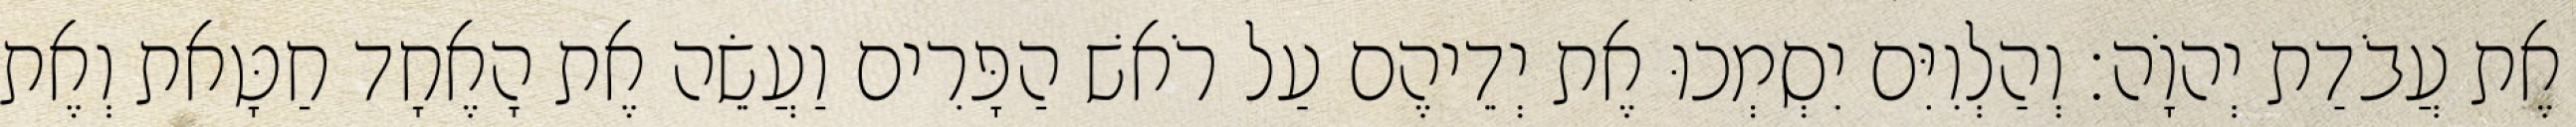
אֶת עֲבֹדַת יְהוָֹה׃ וְהַלְוִיִּם יִסְמְכוּ אֶת יְדֵיהֶם עַל רֹאשׁ הַפָּרִים וַעֲשֵׂה אֶת הָאֶחָד חַטָּאת וְאֶת